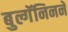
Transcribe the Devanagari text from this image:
बुल्गॅनिनने